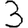
Digit: 3